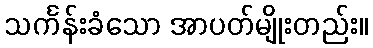
သင်္ကန်းခံသော အာပတ်မျိုးတည်း။